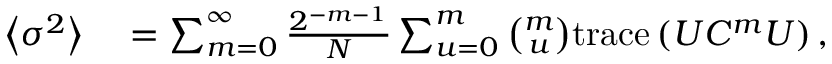
\begin{array} { r l } { \left\langle \sigma ^ { 2 } \right\rangle } & { { } = \sum _ { m = 0 } ^ { \infty } \frac { 2 ^ { - m - 1 } } { N } \sum _ { u = 0 } ^ { m } \binom { m } { u } \mathrm { t r a c e } \left( U C ^ { m } U \right) , } \end{array}